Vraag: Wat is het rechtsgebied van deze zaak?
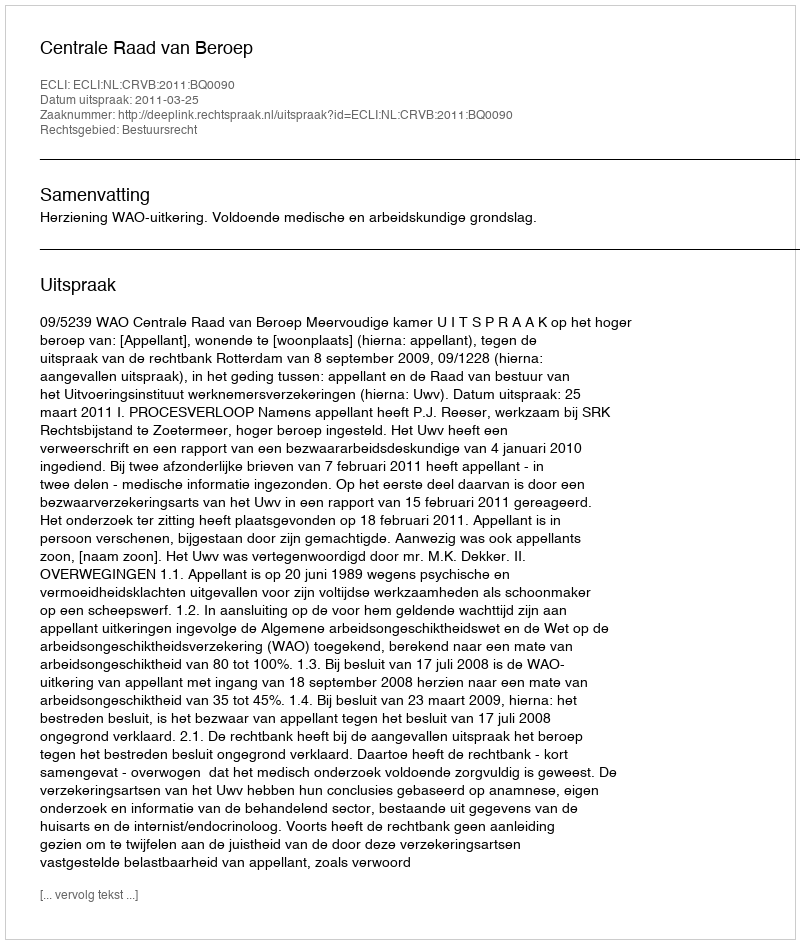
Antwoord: Bestuursrecht